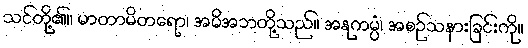
သင်တို့၏။ မာတာမိတရော၊ အမိအဘတို့သည်။ အနုကမ္ပံ၊ အစဉ်သနားခြင်းကို။